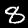
Label: 8